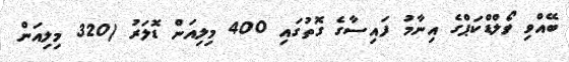
ބޭއްވި ވޯލްޑްކަޕްގެ އިނާމު ފައިސާގެ ގޮތުގައި 400 މިލިއަން ޑޮލަރު (320 މިލިއަން